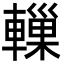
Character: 轈